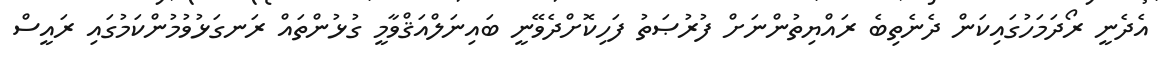
އެދެނީ ރޯދަމަހުގައިކަން ދެނެތިބެ ރައްޔިތުންނަށް ފުރުޞަތު ފަހިކޮށްދެވޭނީ ބައިނަލްއަޤްވާމީ ގުޅުންތައް ރަނގަޅުވުމުންކަމުގައި ރައީސް